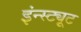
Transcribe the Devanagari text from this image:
इंन्स्ट्यूट